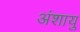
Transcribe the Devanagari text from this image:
अंशायु